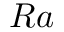
R a